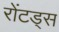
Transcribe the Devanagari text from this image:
रोंटड्स